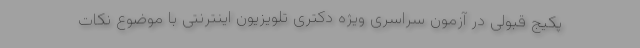
پکیج قبولی در آزمون سراسری ویژه دکتری تلویزیون اینترنتی با موضوع نکات